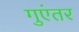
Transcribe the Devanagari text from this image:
गुएंतर